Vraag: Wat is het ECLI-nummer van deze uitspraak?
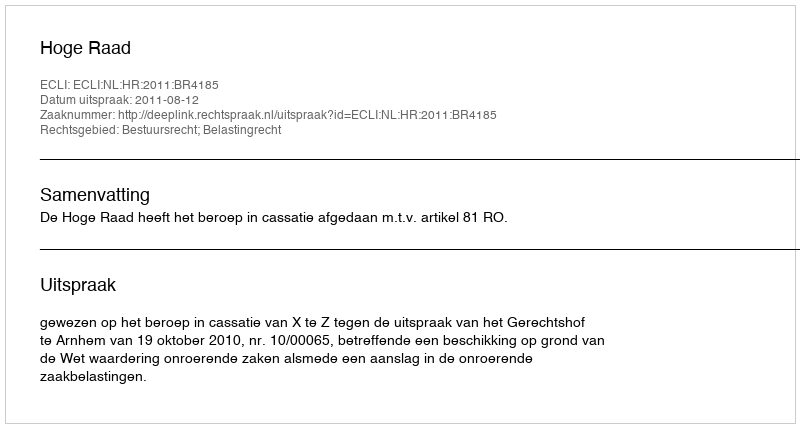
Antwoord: ECLI:NL:HR:2011:BR4185